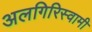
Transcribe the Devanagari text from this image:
अलगिरिस्वामी